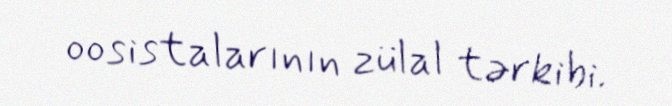
oosistalarının zülal tərkibi.